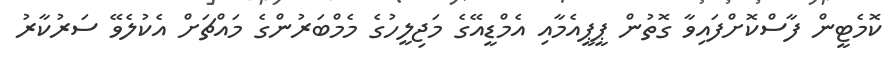
ކޮމެޓީން ފާސްކޮށްފައިވާ ގޮތުން ޕީޕީއެމާއި އެމްޑީއޭގެ މަޖިލީހުގެ މެމްބަރުންގެ މައްޗަށް އެކުލެވޭ ސަރުކާރު